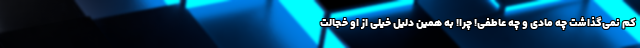
کم نمی‌گذاشت چه مادی و چه عاطفی! چرا! به همین دلیل خیلی از او خجالت